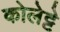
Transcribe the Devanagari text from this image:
कोलेट्टे